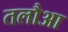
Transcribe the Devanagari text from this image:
तलौआ